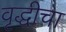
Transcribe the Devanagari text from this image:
वृद्धीचा